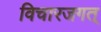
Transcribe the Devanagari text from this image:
विचारजगत्